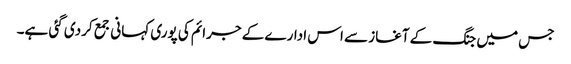
جس میں جنگ کے آغاز سے اس ادارے کے جرائم کی پوری کہانی جمع کردی گئی ہے۔